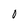
Character: 0